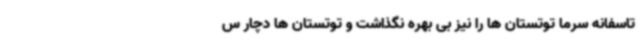
تاسفانه سرما توتستان ها را نیز بی بهره نگذاشت و توتستان ها دچار س